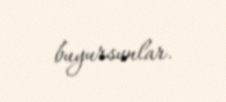
buyursunlar.